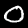
Label: 0